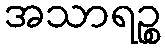
အသာရဉ္စ